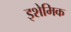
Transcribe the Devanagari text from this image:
इशेमिक